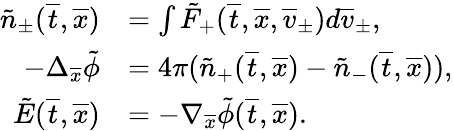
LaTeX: \begin{array}{rl}{\tilde{n}_{\pm}(\overline{t},\overline{x})}&{=\int\tilde{F}_{+}(\overline{t},\overline{x},\overline{v}_{\pm})d\overline{v}_{\pm},}\\ {-\Delta_{\overline{x}}\tilde{\phi}}&{=4\pi(\tilde{n}_{+}(\overline{t},\overline{x})-\tilde{n}_{-}(\overline{t},\overline{x})),}\\ {\tilde{E}(\overline{t},\overline{x})}&{=-\nabla_{\overline{x}}\tilde{\phi}(\overline{t},\overline{x}).}\end{array}